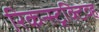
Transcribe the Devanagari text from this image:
रिकन्स्ट्रक्टिव्ह